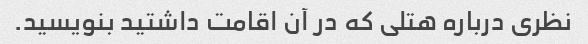
نظری درباره هتلی که در آن اقامت داشتید بنویسید.